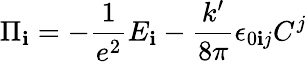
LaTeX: \Pi_{\mathbf{i}}=-\frac{1}{{e^{2}}}E_{\mathbf{i}}-\frac{{k^{\prime}}}{{8\pi}}\epsilon_{0\mathbf{i}j}C^{j}